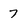
Character: 7